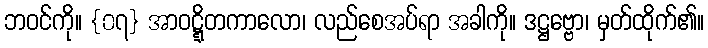
ဘဝင်ကို။ {၀၇} အာဝဋ္ဋိတကာလော၊ လည်စေအပ်ရာ အခါကို။ ဒဋ္ဌဗ္ဗော၊ မှတ်ထိုက်၏။